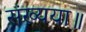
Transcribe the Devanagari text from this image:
संख्यया॥